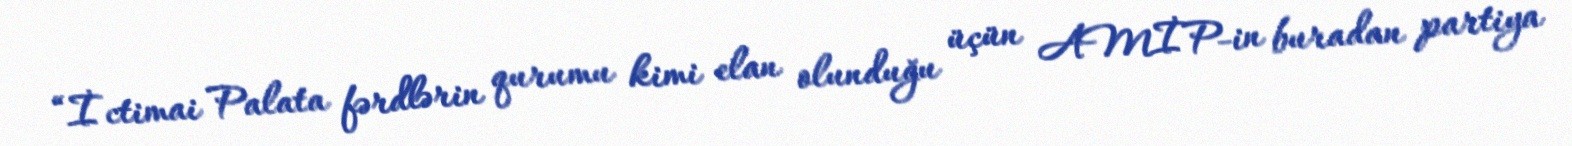
“İctimai Palata fərdlərin qurumu kimi elan olunduğu üçün AMİP-in buradan partiya